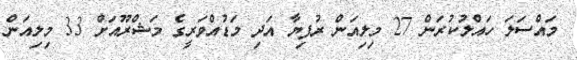
މައްސަލަ ހައްލުކުރަން 27 މިލިއަން ރުފިޔާ އަދި މަޑުއްވަރީގެ މަޝްރޫއަށް 33 މިލިއަން